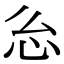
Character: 𭜍